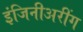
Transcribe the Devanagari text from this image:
इंजिनीअरींग